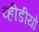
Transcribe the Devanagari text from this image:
व्हीडीयो